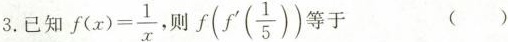
3.已知$$f ( x ) = \frac { 1 } { x }$$则f(f'(\frac{1}{5}))于 ()